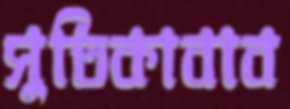
সুতিকাবাব